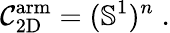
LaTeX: \mathcal{C}_{\mathrm{2D}}^{\mathrm{arm}}=(\mathbb{S}^{1})^{n}\; .